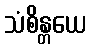
သံစိန္တယေ